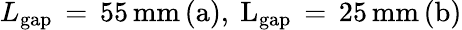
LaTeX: L_{\mathrm{{gap}}}\, =\, 55\, \mathrm{{mm}\, (a),\ L_{\mathrm{{gap}}}\, =\, 25\, \mathrm{{mm}\, (b)}}